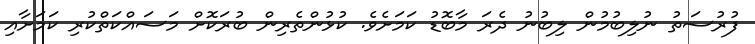
ފުރުސަތު ނުލިބުމުން ލިބުނު ދެރަ މާބޮޑު ކަމަށެވެ. ކުޅުންތެރިން ބުރަކޮށް މަސައްކަތްކުރި ކަމަށާއި